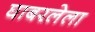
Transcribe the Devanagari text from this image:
घाबरलेला